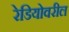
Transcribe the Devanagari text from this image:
रेडियोवरील